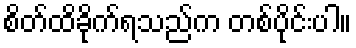
စိတ်ထိခိုက်ရသည်က တစ်ပိုင်းပါ။